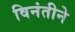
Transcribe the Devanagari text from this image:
विनंतीने